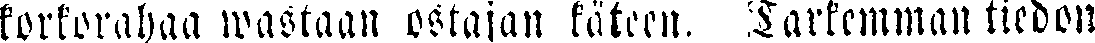
korkorahaa wastaan ostajan käteen. Tarkemman tiedon